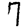
Digit: 7